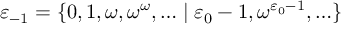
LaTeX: \varepsilon _ { - 1 } = \{ 0 , 1 , \omega , \omega ^ { \omega } , \ldots \mid \varepsilon _ { 0 } - 1 , \omega ^ { \varepsilon _ { 0 } - 1 } , \ldots \}